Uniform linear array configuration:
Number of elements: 24
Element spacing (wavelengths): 0.75
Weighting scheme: exponential
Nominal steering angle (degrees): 45
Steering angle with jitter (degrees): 43.436
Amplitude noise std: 0.05
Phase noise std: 0.05

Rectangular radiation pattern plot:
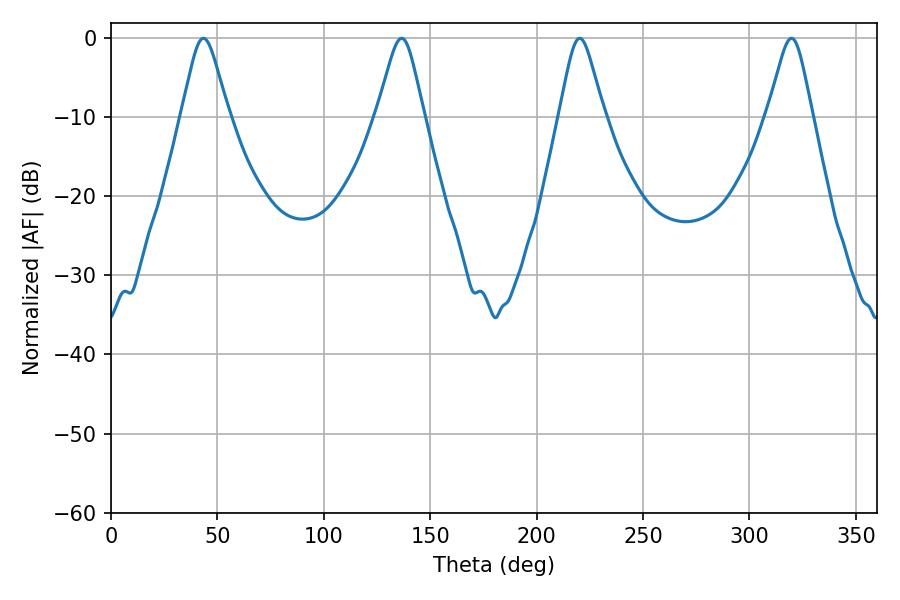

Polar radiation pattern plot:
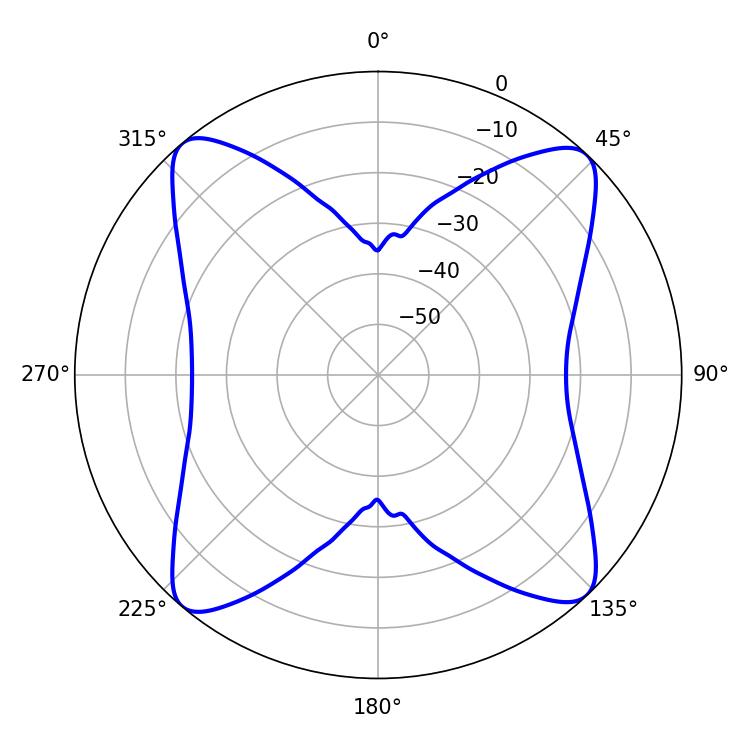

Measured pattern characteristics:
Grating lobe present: TRUE
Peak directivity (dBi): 18.089
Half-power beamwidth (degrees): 10.62
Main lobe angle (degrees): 43.38